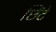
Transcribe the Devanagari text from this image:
छिंटे